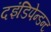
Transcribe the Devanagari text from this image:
दइंडिपेन्डन्ट